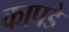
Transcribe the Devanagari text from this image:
कापडे